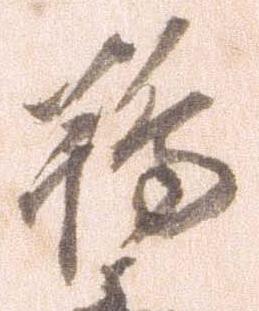
鴇